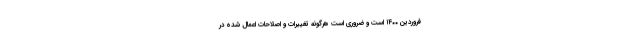
فروردین ۱۴۰۰ است و ضروری است هرگونه تغییرات و اصلاحات اعمال شده در